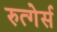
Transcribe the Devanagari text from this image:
रुत्गेर्स